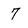
Character: 7